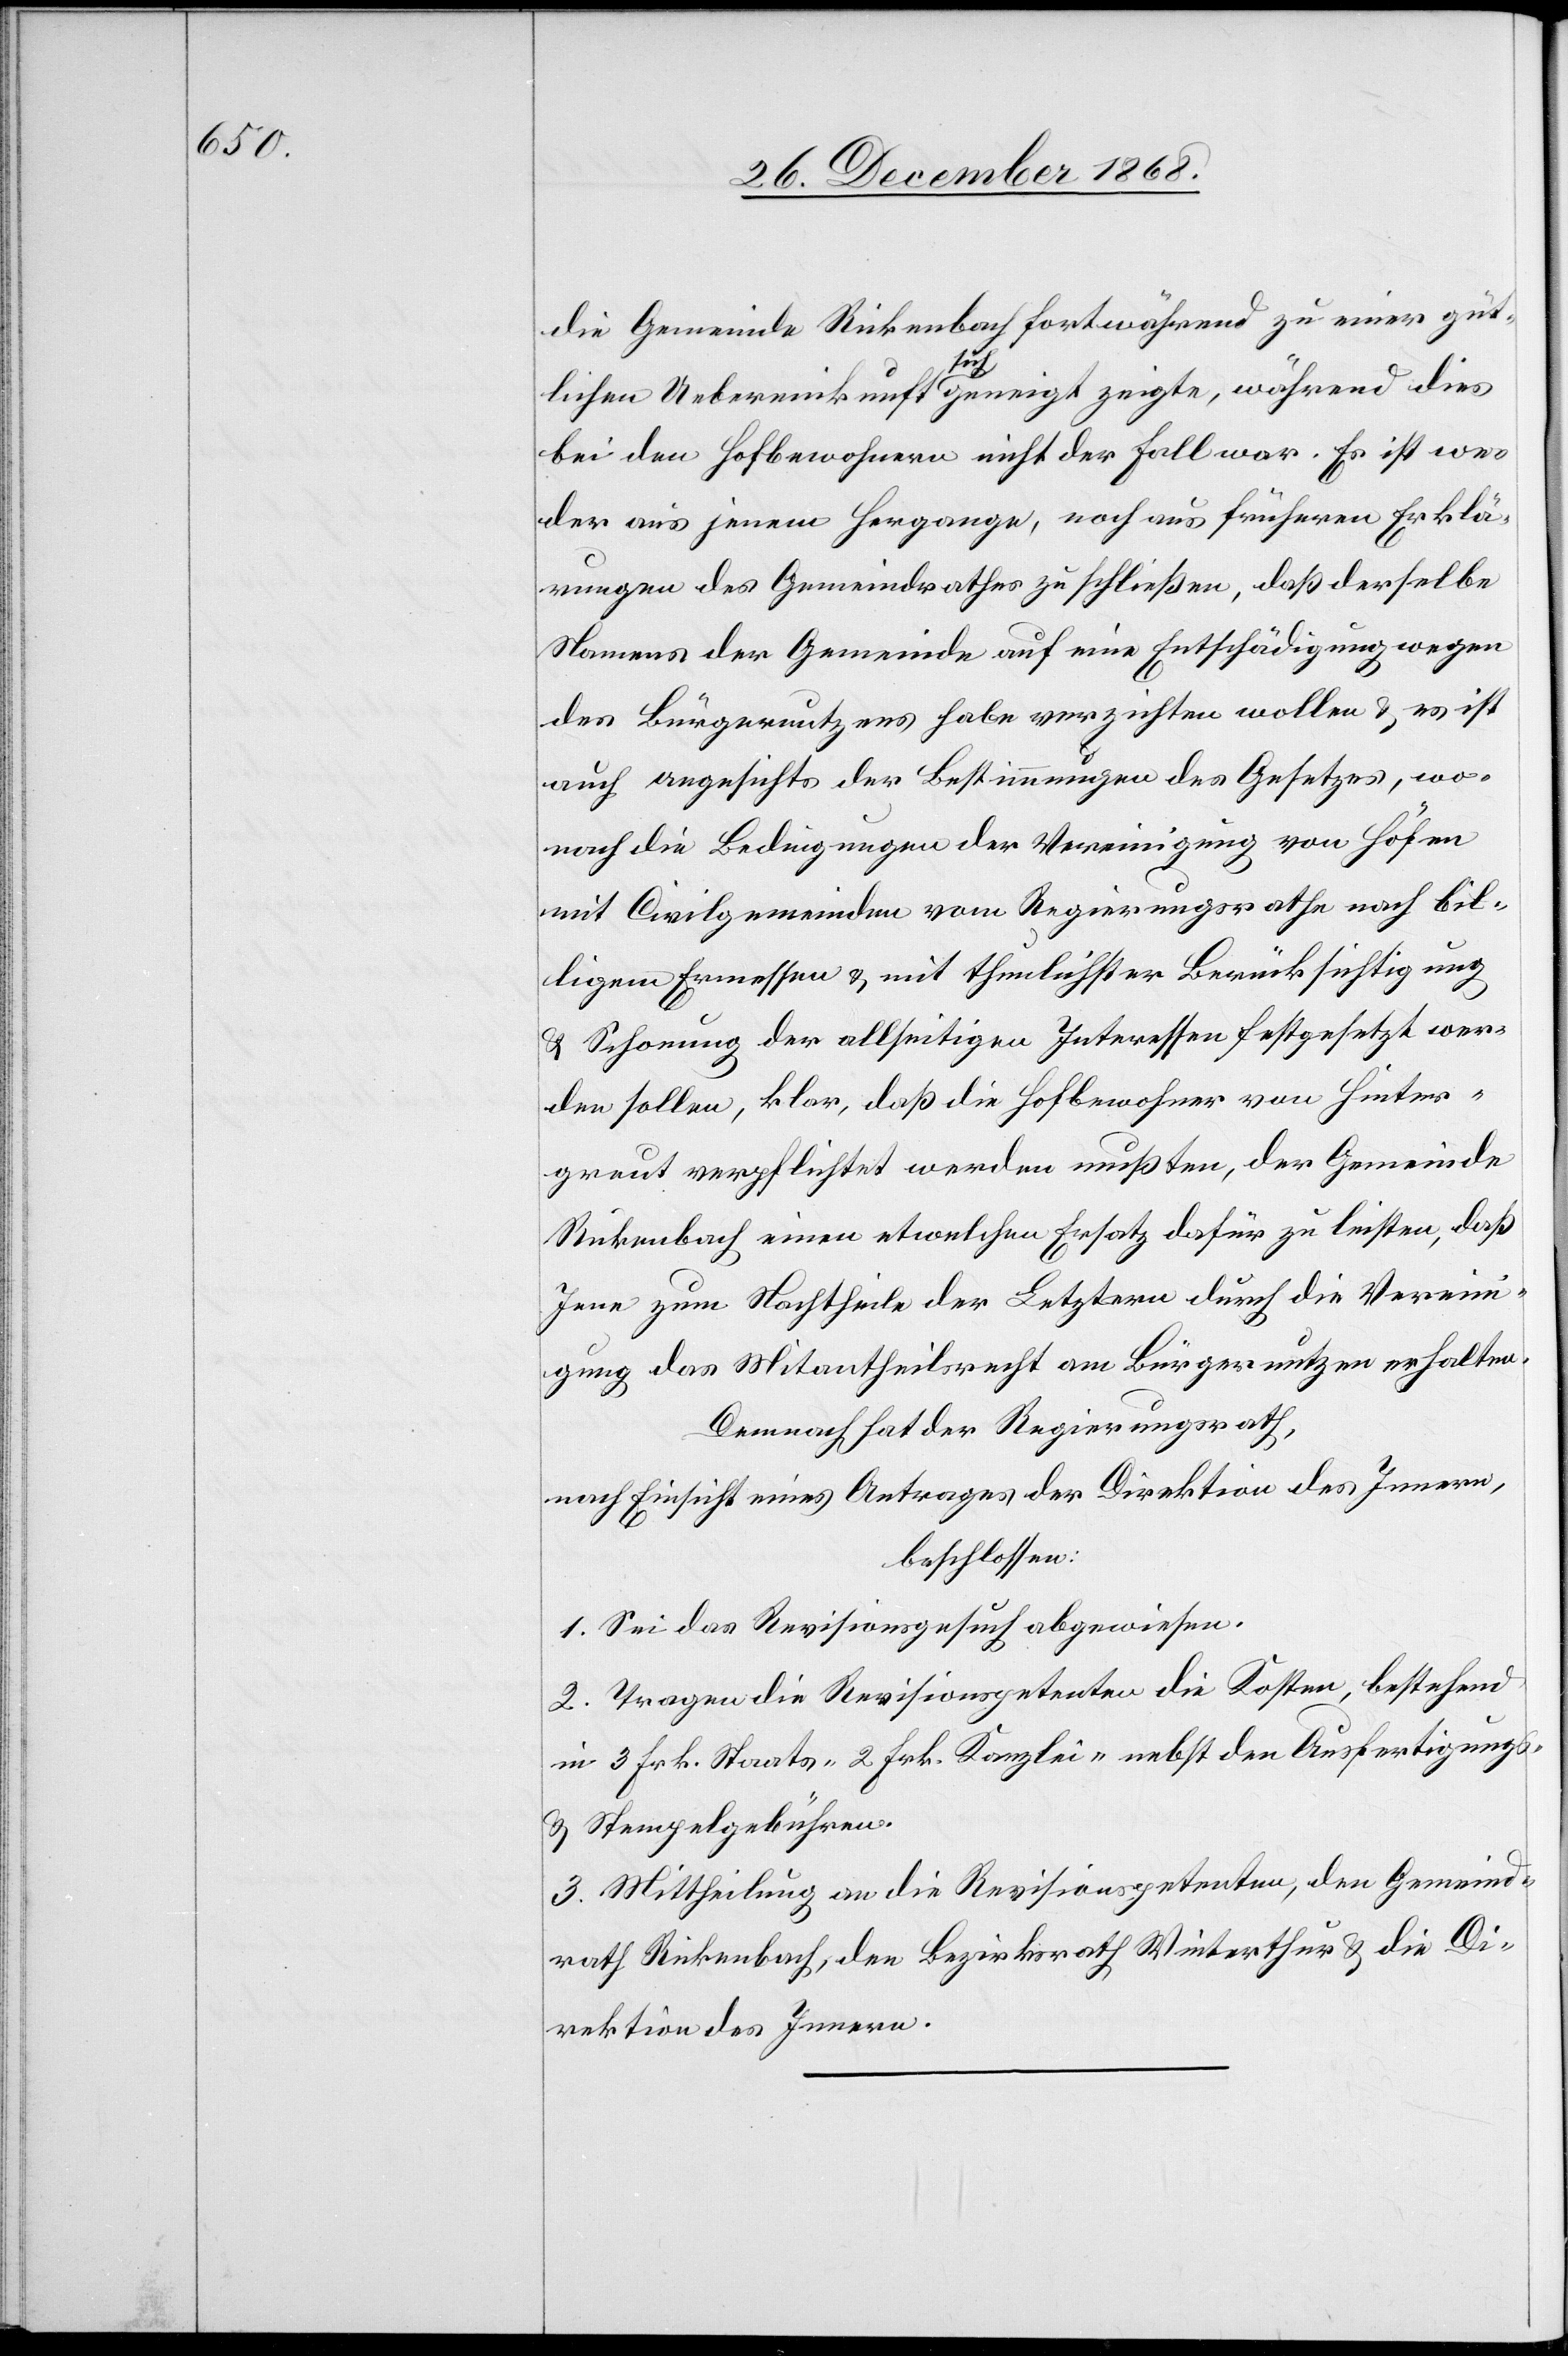
die Gemeinde Rickenbach fortwährend zu einer güt¬
lichen Uebereinkunft sich geneigt zeigte, während dies
bei den Hofbewohnern nicht der Fall war. Es ist we¬
der aus jenem Hergange, noch aus früheren Erklä¬
rungen des Gemeindrathes zu schließen, daß derselbe
Namens der Gemeinde auf eine Entschädigung wegen
des Bürgernutzens habe verzichten wollen & es ist
auch angesichts der Bestimmungen des Gesetzes, wo¬
nach die Bedingungen der Vereinigung von Höfen
mit Civilgemeinden vom Regierungsrathe nach bil¬
ligem Ermessen & mit thunlichster Berücksichtigung
& Schonung der allseitigen Interessen festgesetzt wer¬
den sollen, klar, daß die Hofbewohner von Hinter¬
greut verpflichtet werden mußten, der Gemeinde
Rickenbach einen etwelchen Ersatz dafür zu leisten, daß
Jene zum Nachtheile der Letztern durch die Verein¬
igung das Mitantheilsrecht am Bürgernutzen erhalten.
Demnach hat der Regierungsrath,
nach Einsicht eines Antrages der Direktion des Innern,
beschlossen:
1. Sei das Revisionsgesuch abgewiesen.
2. Tragen die Revisionspetenten die Kosten, bestehend
in 3 Frk. Staats-[,] 2 Frk. Kanzlei-[,] nebst den Ausfertigungs-
& Stempelgebühren.
3. Mittheilung an die Revisionspetenten, den Gemeind¬
rath Rickenbach, den Bezirksrath Winterthur & die Di¬
rektion des Innern.